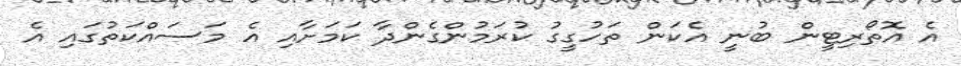
އެ އޮތޯރިޓީން ބުނީ އެކަން ތަހުގީގު ކުރަމުންގެންދާ ކަމަށާއި އެ މަސައްކަތުގައި އެ